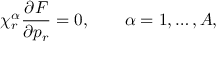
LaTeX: \chi _ { r } ^ { \alpha } \frac { \partial F } { \partial p _ { r } } = 0 , \qquad \alpha = 1 , \ldots , A ,